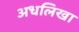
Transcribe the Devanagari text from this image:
अधलिखा